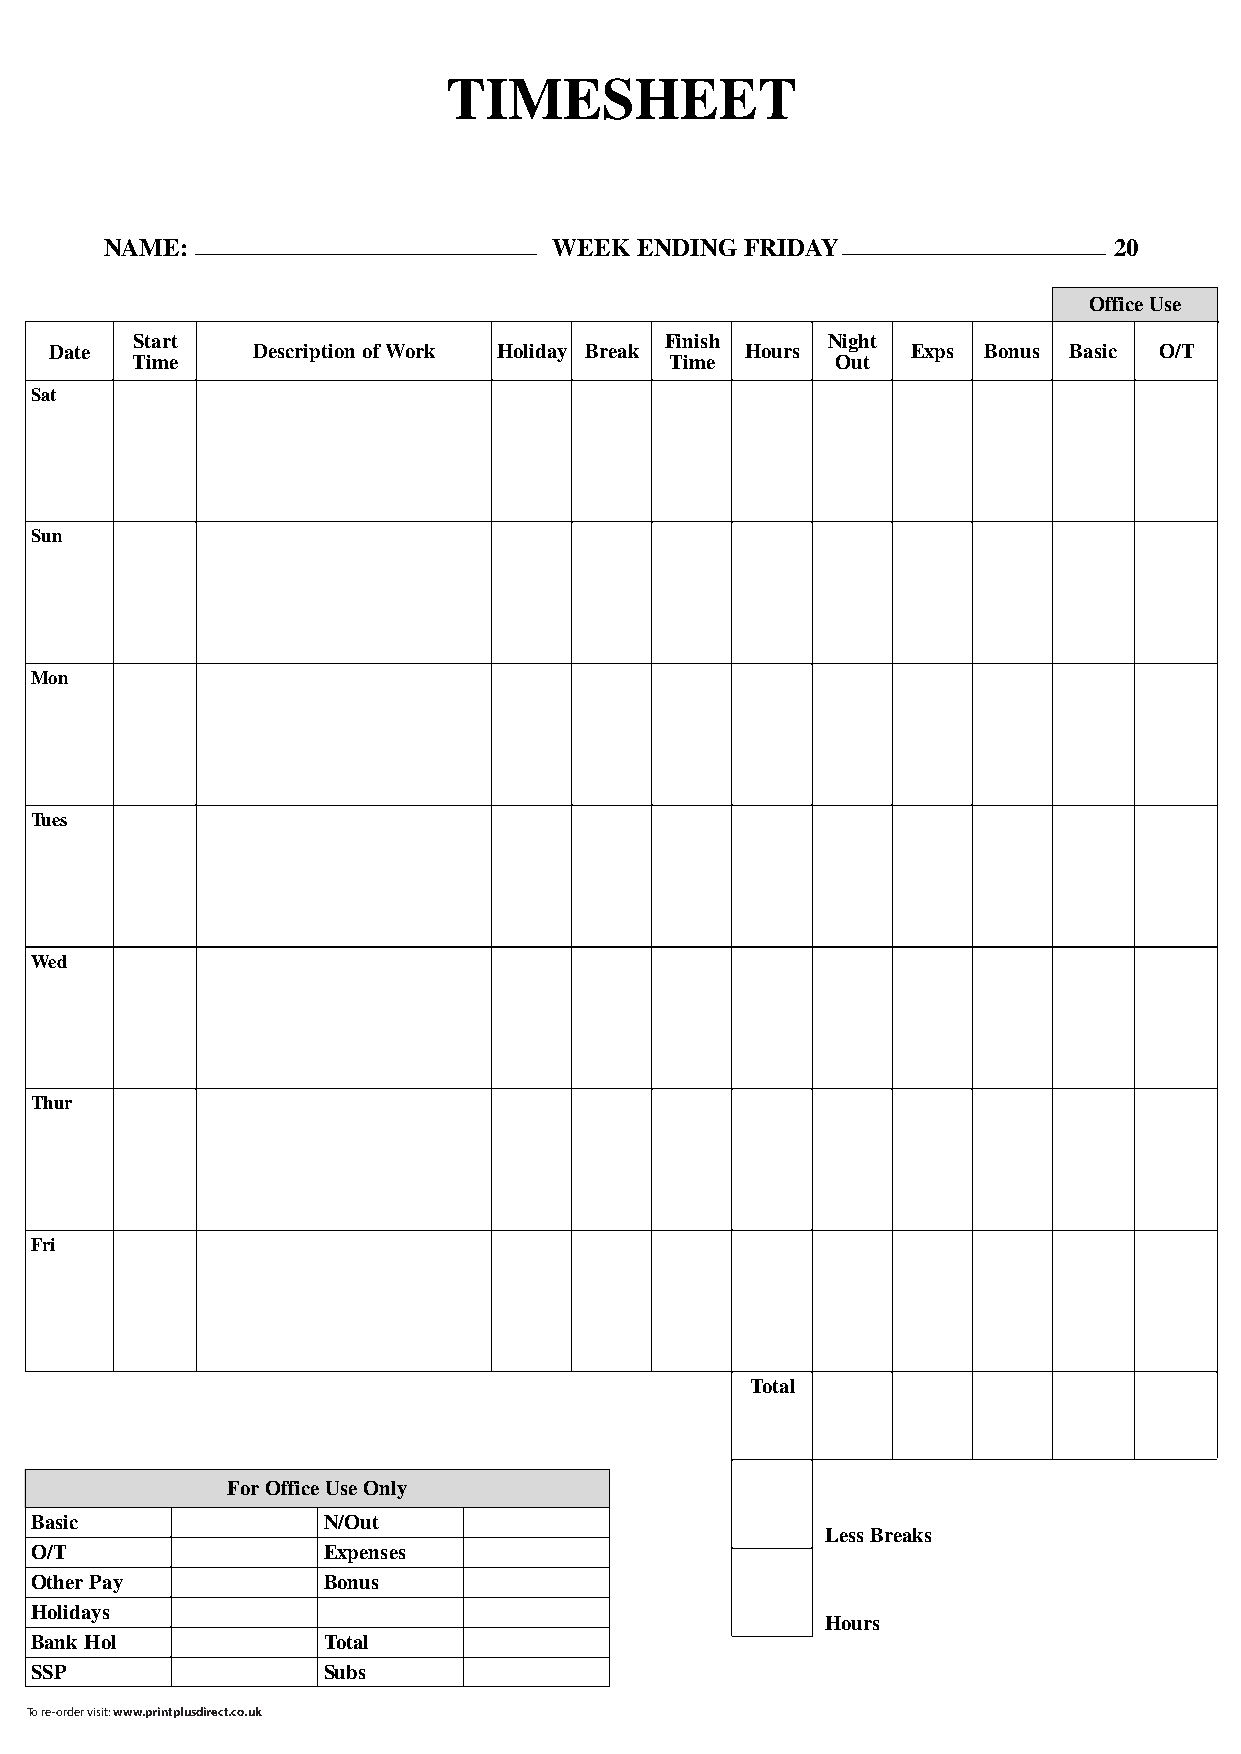
TIMESHEET
 NAME:                         WEEK ENDING FRIDAY                   20
 Office Use
 Start                              Finish     Night
 Date          Description of Work Holiday Break Hours    Exps Bonus Basic O/T
 Time                               Time       Out
 Sat
 Sun
 Mon
 Tues
 Wed
 Thur
 Fri
 Total
 ForOffice Use Only
 Basic              N/Out
 Less Breaks
 O/T                Expenses
 OtherPay           Bonus
 Holidays
 Hours
 Bank Hol           Total
 SSP                Subs
 To re-order visit: www.printplusdirect.co.uk